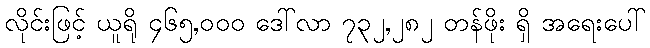
လိုင်းဖြင့် ယူရို ၄၆၅,၀၀၀ ဒေါ်လာ ၇၃၂,၂၈၂ တန်ဖိုး ရှိ အရေးပေါ်